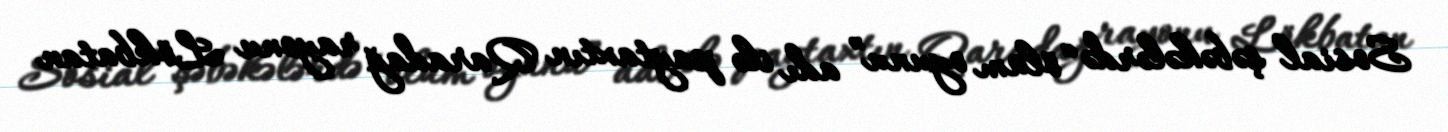
Sosial şəbəkələrdə “ölüm oyunu” adı ilə paytaxtın Qaradağ rayonu Lökbatan